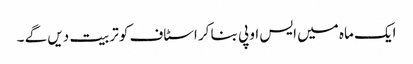
ایک ماہ میں ایس او پی بنا کر اسٹاف کو تربیت دیں گے ۔